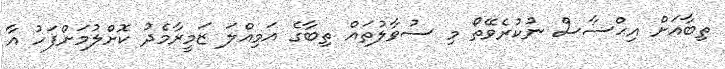
ތިބާއަށް އިޙްސާސް ނުކުރެވޭތޯ މި ސުވާލުތައް ތިބާގެ އަމިއްލަ ޒަމީރާމެދު ކޮށްލުމަށްފަހު އާ